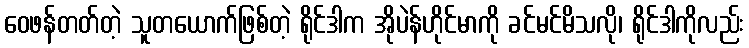
ဝေဖန်တတ်တဲ့ သူတယောက်ဖြစ်တဲ့ ရိုင်ဒါက အိုပဲန်ဟိုင်မာကို ခင်မင်မိသလို၊ ရိုင်ဒါကိုလည်း